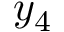
y _ { 4 }